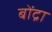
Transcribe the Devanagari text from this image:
बोंद्रा